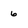
Character: 6